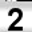
Digit: 2